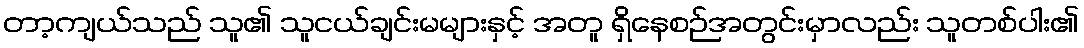
တာ့ကျယ်သည် သူ၏ သူငယ်ချင်းမများနှင့် အတူ ရှိနေစဉ်အတွင်းမှာလည်း သူတစ်ပါး၏